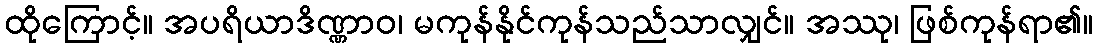
ထိုကြောင့်။ အပရိယာဒိဏ္ဏာဝ၊ မကုန်နိုင်ကုန်သည်သာလျှင်။ အဿု၊ ဖြစ်ကုန်ရာ၏။